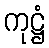
ကုဋ္ဌံ